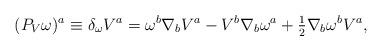
LaTeX: \begin{align*}(P_V\omega )^a\equiv \delta _\omega V^a =\omega ^b\nabla _bV^a-V^b\nabla_b\omega ^a+{\textstyle{1 \over 2}}\nabla _b\omega ^bV^a , \end{align*}